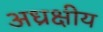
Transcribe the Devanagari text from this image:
अध्रक्षीय